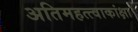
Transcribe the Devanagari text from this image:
अतिमहत्त्वाकांक्षा